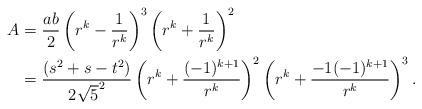
LaTeX: \begin{align*} A & = \dfrac{ab}{2}\left(r^k-\dfrac{1}{r^k}\right)^3\left(r^k +\dfrac{1}{r^k}\right)^2\\&=\dfrac{(s^2+s-t^2)}{2\sqrt{5}^2}\left(r^k+\dfrac{(-1)^{k+1}}{r^k}\right)^2\left(r^k+\dfrac{-1(-1)^{k+1}}{r^k}\right)^3.\end{align*}